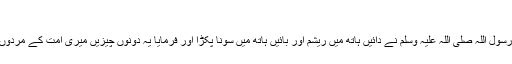
(ابو داؤد: 4236)
سیدنا علی رضی اللہ عنہ سے روایت ہے رسول اللہ صلی اللہ علیہ وسلم نے دائیں ہاتھ میں ریشم اور بائیں ہاتھ میں سونا پکڑا اور فرمایا یہ دونوں چیزیں میری امت کے مردوں پر حرام اور ان کی عورتوں پر حلال ہیں۔